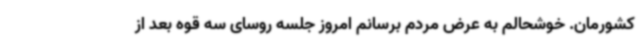
کشورمان. خوشحالم به عرض مردم برسانم امروز جلسه روسای سه قوه بعد از